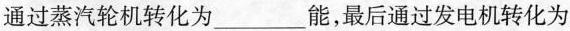
通过蒸汽轮机转化为___能，最后通过发电机转化为